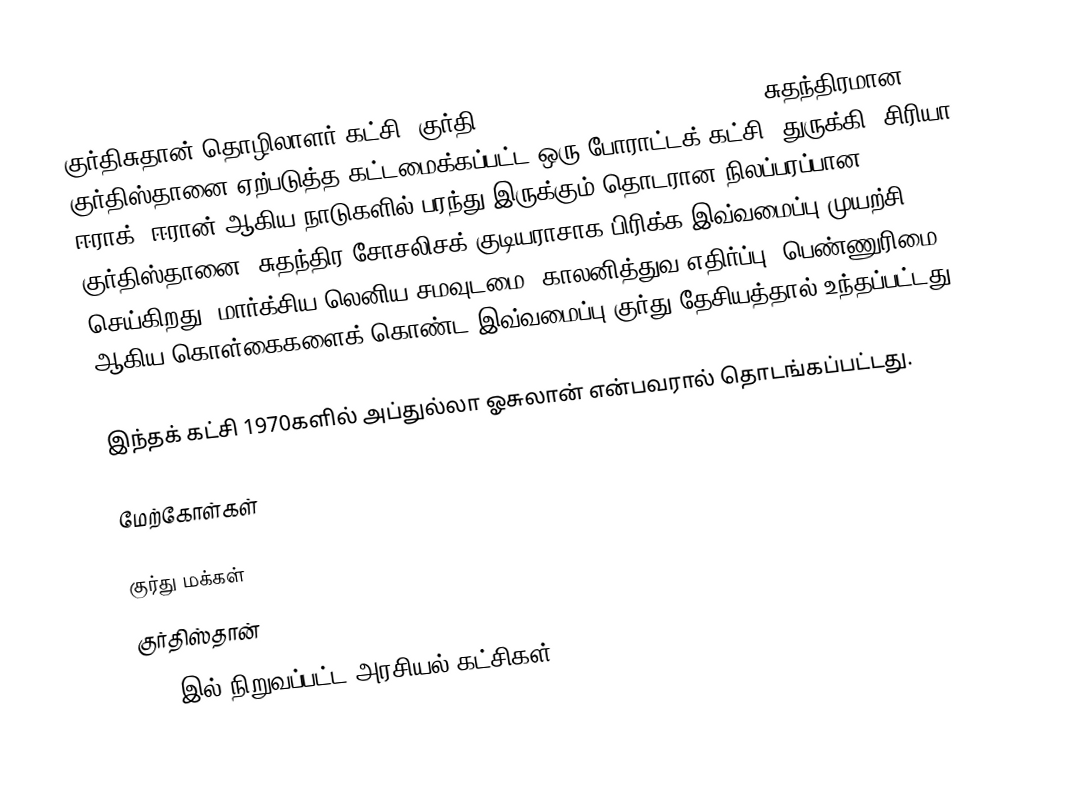
குர்திசுதான் தொழிலாளர் கட்சி, குர்தி:PKK), Kurdistan Workers Party) சுதந்திரமான குர்திஸ்தானை ஏற்படுத்த கட்டமைக்கப்பட்ட ஒரு போராட்டக் கட்சி. துருக்கி, சிரியா, ஈராக், ஈரான் ஆகிய நாடுகளில் பரந்து இருக்கும் தொடரான நிலப்பரப்பான குர்திஸ்தானை, சுதந்திர சோசலிசக் குடியராசாக பிரிக்க இவ்வமைப்பு முயற்சி செய்கிறது. மார்க்சிய-லெனிய சமவுடமை, காலனித்துவ எதிர்ப்பு, பெண்ணுரிமை ஆகிய கொள்கைகளைக் கொண்ட இவ்வமைப்பு குர்து தேசியத்தால் உந்தப்பட்டது.

இந்தக் கட்சி 1970களில் அப்துல்லா ஓசுலான் என்பவரால் தொடங்கப்பட்டது.

மேற்கோள்கள்

குர்து மக்கள்
குர்திஸ்தான்
1978இல் நிறுவப்பட்ட அரசியல் கட்சிகள்